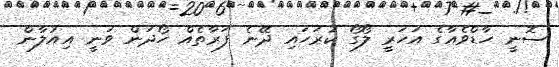
ސޮނީ ހާޑްވެއާގެ އަހަރީ ލޯގޯ ކުރަހަައި ދޭނެ ފަރާތެއް ހޯދަން ވަނީ އިއުލާން